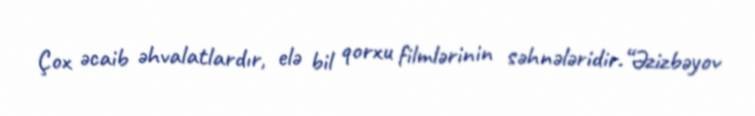
Çox əcaib əhvalatlardır, elə bil qorxu filmlərinin səhnələridir.“Əzizbəyov